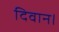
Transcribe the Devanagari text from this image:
दिवान।